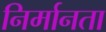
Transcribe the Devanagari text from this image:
निर्मानता